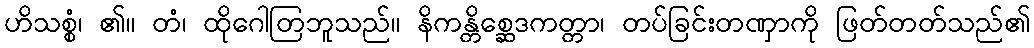
ဟိသစ္စံ၊ ၏။ တံ၊ ထိုဂေါတြဘူသည်။ နိကန္တိစ္ဆေဒကတ္တာ၊ တပ်ခြင်းတဏှာကို ဖြတ်တတ်သည်၏